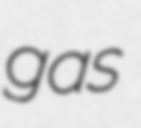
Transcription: gas